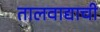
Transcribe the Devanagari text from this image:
तालवाद्याची